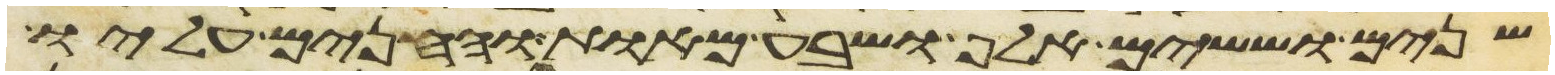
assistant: שנים וששים אלף ושבע מאות והחנים עליו